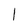
Character: 1